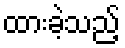
ထားခဲ့သည့်